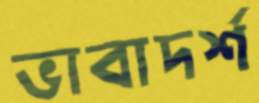
ভাবাদর্শ